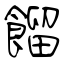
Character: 餾